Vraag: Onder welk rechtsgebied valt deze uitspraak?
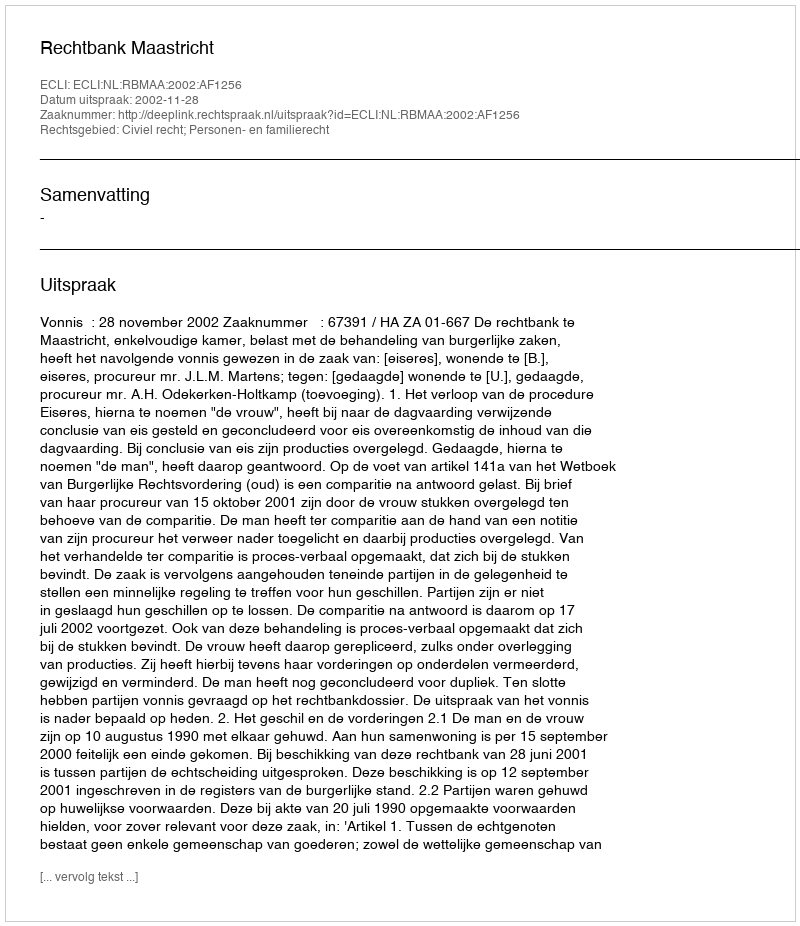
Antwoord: Civiel recht; Personen- en familierecht